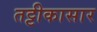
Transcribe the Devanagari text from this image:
तट्टीकासार